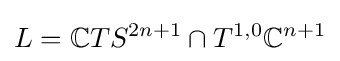
L=\mathbb {C} TS^{2n+1}\cap T^{1,0}\mathbb {C} ^{n+1}